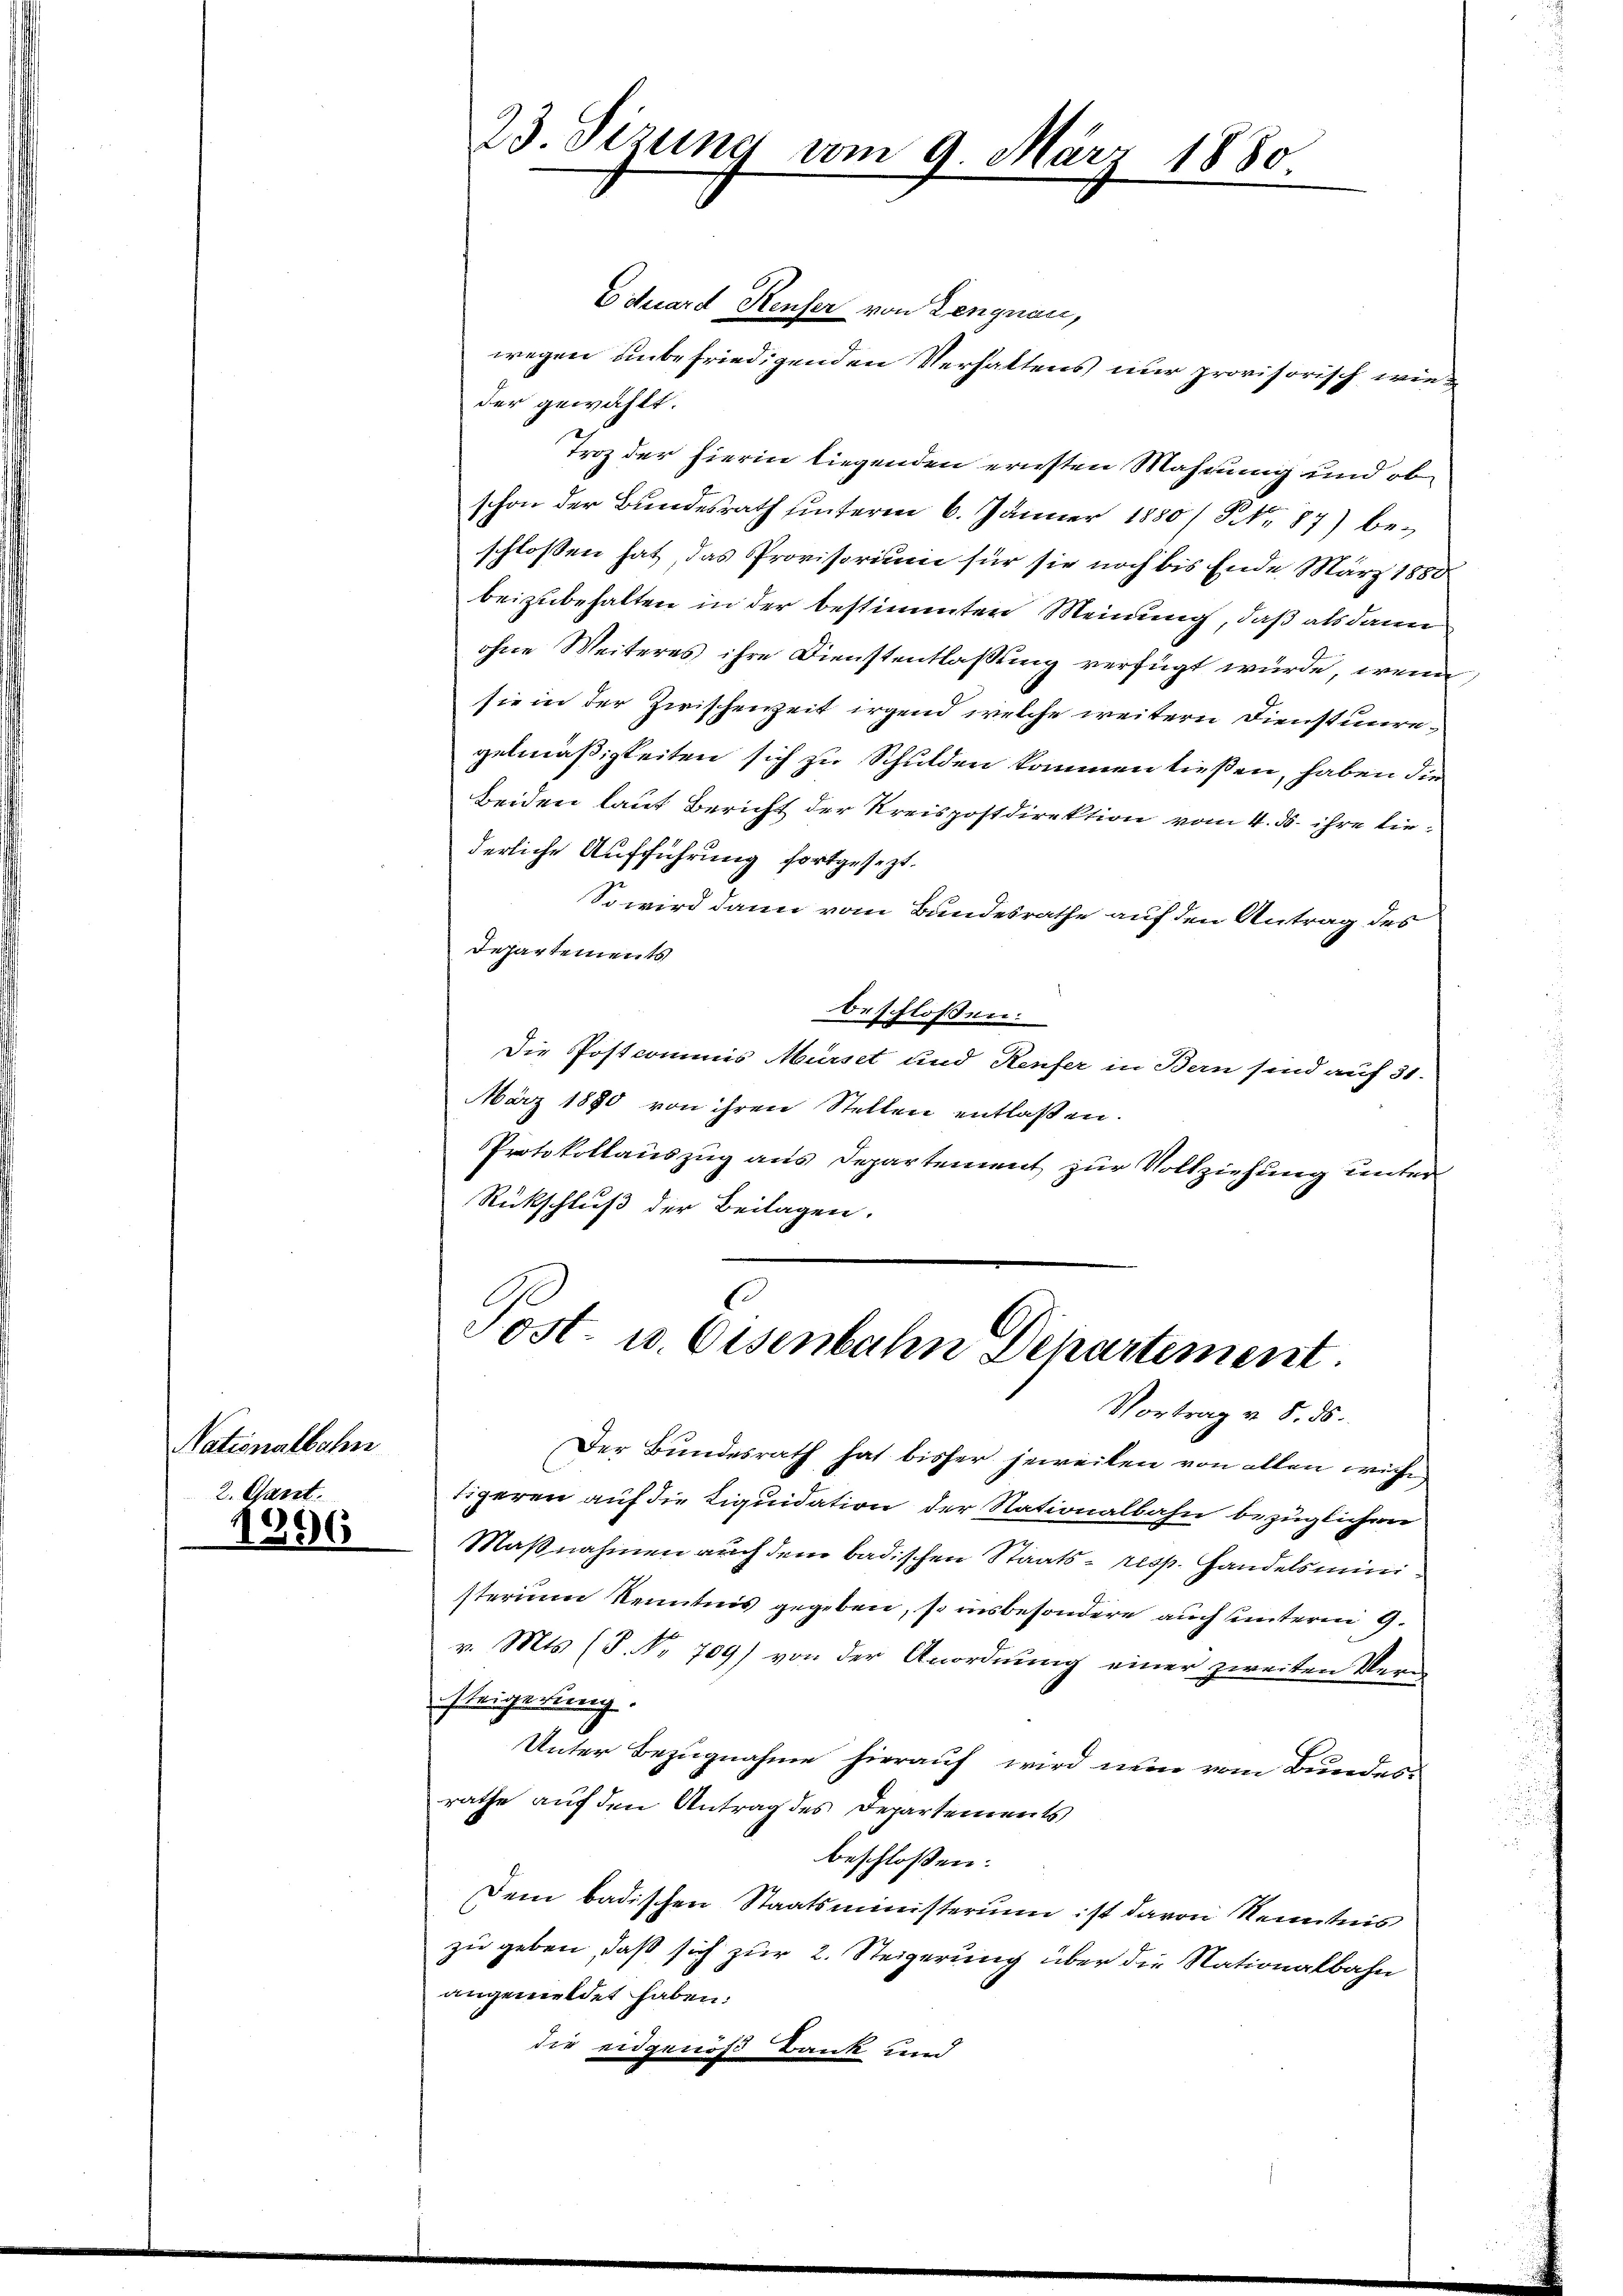
Nationalbahn
2. Gant.

11896

23. Sizung vom 9. März 1880.

Eduard Kenfer von Lengnau,
wegen unbefriedigenden Verhaltens nur provisorisch wieder gewählt.
Troz der hierin liegenden ernsten Mahrung und ob
schon der Bundesrath hinterm 6. Jänner 1880/9 No 87) beschlossen hat, das Provisorium für sie noch bis Ende März 1880
beizubehalten in der bestimmten Meinung, daß als dann
ohne Weiteres ihre Dienstentlaßung verfügt würde, wenn
sie in der Zwischenzeit irgend welche weitern Dienstunregelmäßigkeiten sich zu Schulden kommen ließen, haben die¬
Beiden laut Bericht der Kreispostdirektion vom 4. ds. ihre liederliche Aufführung fortgesezt.
So wird dann vom Bundesrathe auf den Antrag des
Departements
beschlossen:
Die Postcommis Mürset und Renfer in Bern sind auf 31.
März 1880 von ihren Stellen entlaßen.
Protokollauszug aus Departement zur Vollziehung unter
Rückschluß der Beilagen.

C
Post- u. Eisenbahn Departement.
Vortrag v. 8. 56.

Der Bundesrath hat bisher jeweilen von allen wicht,
tigeren auf die Liquidation der Nationalbahn bezüglichen
Maßnahmen auch dem badischen Staats- resp. Handelsministerium Kenntnis gegeben, so insbesondere auch unterm 9.
v. Mts. (T. No. 709) von der Anordnung einer zweiten Verm
steigerung.
Unter Bezugnahme hierauf wird nun vom Bundes-
rathe auf den Antrag des Departements
beschlossen:
Dem badischen Staatsministerium ist davon Kenntnis
zu geben, daß sich zur 2. Steigerung über die Nationalbahn
angemeldet haben:
die eidgenöß Bank und